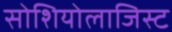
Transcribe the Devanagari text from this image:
सोशियोलाजिस्ट